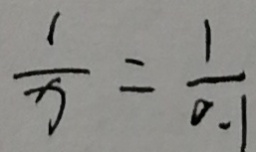
\frac { 1 } { x } = \frac { 1 } { 0 . 1 }